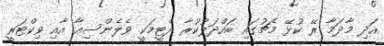
އަދި މާދަމާ ރޭ ކުޅޭ މެޗުގައި ބައްދަލުކުރާ ދެޓީމަކީ ވެލެންސިއާ އާއި ވިކްޓަރީ